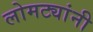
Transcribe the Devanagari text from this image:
लोमट्यांनी